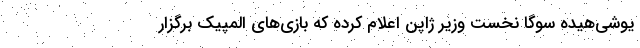
یوشی‌هیده سوگا نخست وزیر ژاپن اعلام کرده که بازی‌های المپیک برگزار